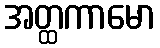
အတ္ထကာမော